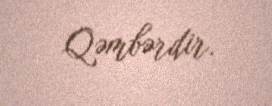
Qəmbərdir.